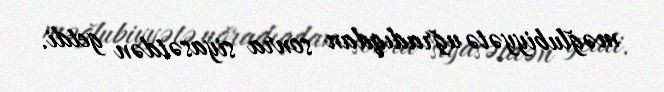
məğlubiyyətə uğradıqdan sonra siyasətdən getdi.